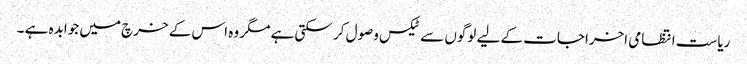
ریاست انتظامی اخراجات کے لیے لوگوں سے ٹیکس وصول کر سکتی ہے مگر وہ اس کے خرچ میں جوابدہ ہے ۔